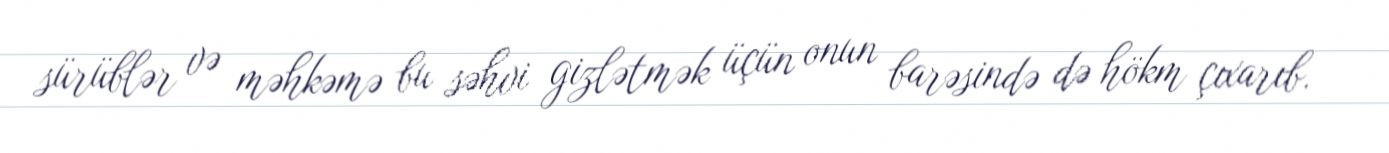
sürüblər və məhkəmə bu səhvi gizlətmək üçün onun barəsində də hökm çıxarıb.